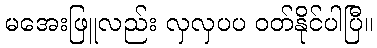
မအေးဖြူလည်း လှလှပပ ဝတ်နိုင်ပါပြီ။